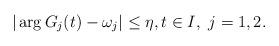
LaTeX: \begin{align*}|\arg G_j(t) - \omega_j|\leq \eta,t\in I,\ j=1,2.\end{align*}